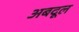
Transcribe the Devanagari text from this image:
अबदूल